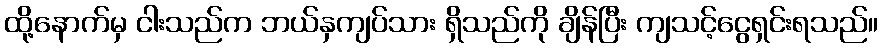
ထို့နောက်မှ ငါးသည်က ဘယ်နှကျပ်သား ရှိသည်ကို ချိန်ပြီး ကျသင့်ငွေရှင်းရသည်။